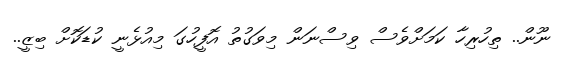
ނޫން.. ތިހުރިހާ ކަމަށްވެސް ވިސްނަން މިވަގުތު އޮފީހުގަ މިއުޅެނީ ކުޑަކޮށް ބިޒީ..